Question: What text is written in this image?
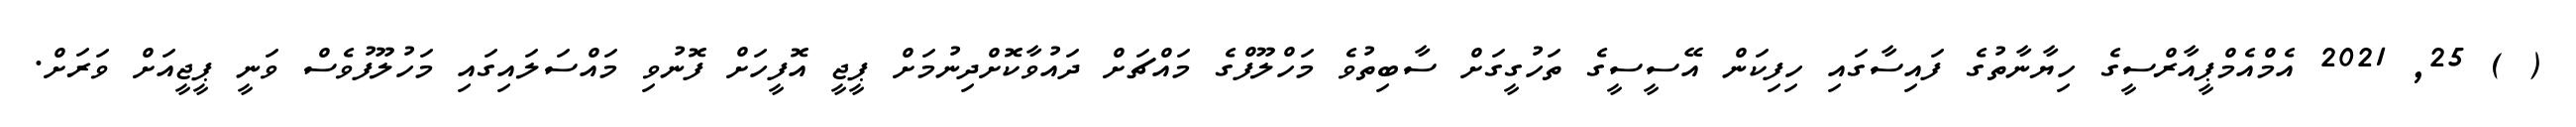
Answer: ( ) 25, 2021 އެމްއެމްޕީއާރްސީގެ ހިޔާނާތުގެ ފައިސާގައި ހިފިކަން އޭސީސީގެ ތަހުގީގަށް ސާބިތުވެ މަހްލޫފްގެ މައްޗަށް ދައުވާކޮށްދިނުމަށް ޕީޖީ އޮފީހަށް ފޮނުވި މައްސަލައިގައި މަހުލޫފުވެސް ވަނީ ޕީޖީއަށް ވަރަށް.